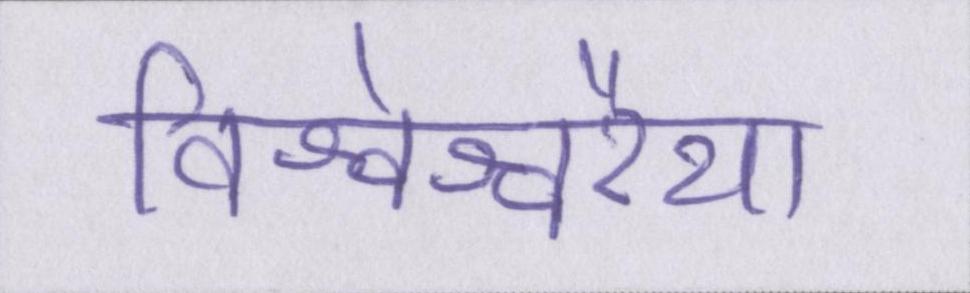
विश्वेश्वरैया